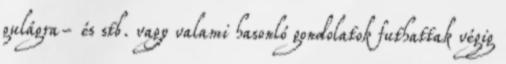
gulágra- és stb. vagy valami hasonló gondolatok futhattak végig